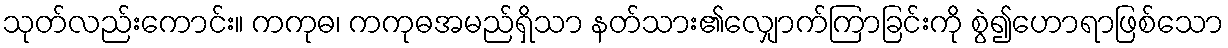
သုတ်လည်းကောင်း။ ကကုဓ၊ ကကုဓအမည်ရှိသာ နတ်သား၏လျှောက်ကြာခြင်းကို စွဲ၍ဟောရာဖြစ်သော